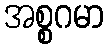
အစ္စဂမာ